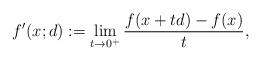
LaTeX: \begin{align*}f^\prime(x;d) := \lim_{t \to 0^+} \frac{f(x + td) - f(x)}{t},\end{align*}